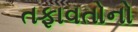
તફાવતોનો